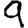
Digit: 9